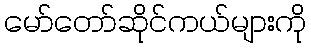
မော်တော်ဆိုင်ကယ်များကို